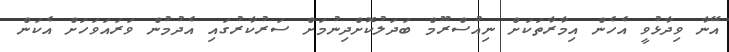
އޭނާ ވިދާޅުވީ އެހެން އިމާރާތަކަށް ނިއުސްރޫމް ބަދަލުކޮށްދިނުމަށް ސަރުކާރުގައި އެދުމުން ވަރައަވަހަށް އެކަން